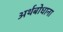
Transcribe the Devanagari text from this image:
अर्थबोधाना